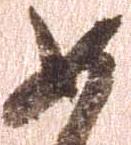
如